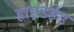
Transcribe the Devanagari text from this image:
हाइंडहेड